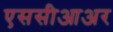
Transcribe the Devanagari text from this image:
एससीआअर